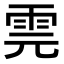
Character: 䨌